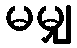
မမျှ